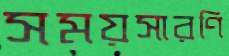
সময়সারণি